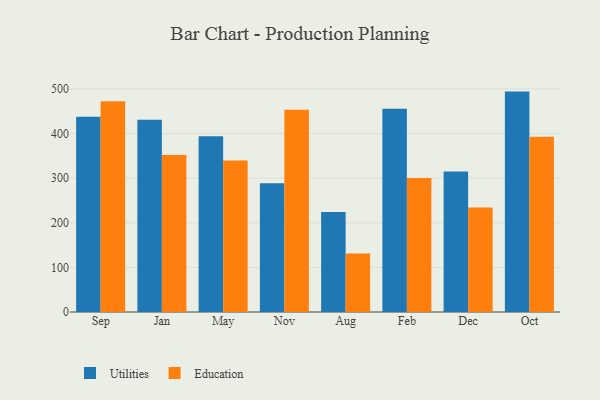
{"axis": {"x": "Month", "y": "Conversion Rate (%)"}, "legend": ["Education", "Utilities"], "data": [{"x": "Sep", "y": 437.8, "type": "Utilities"}, {"x": "Sep", "y": 472.4, "type": "Education"}, {"x": "Jan", "y": 431.0, "type": "Utilities"}, {"x": "Jan", "y": 351.8, "type": "Education"}, {"x": "May", "y": 393.8, "type": "Utilities"}, {"x": "May", "y": 339.5, "type": "Education"}, {"x": "Nov", "y": 288.3, "type": "Utilities"}, {"x": "Nov", "y": 453.0, "type": "Education"}, {"x": "Aug", "y": 224.0, "type": "Utilities"}, {"x": "Aug", "y": 131.0, "type": "Education"}, {"x": "Feb", "y": 455.5, "type": "Utilities"}, {"x": "Feb", "y": 300.4, "type": "Education"}, {"x": "Dec", "y": 314.9, "type": "Utilities"}, {"x": "Dec", "y": 234.3, "type": "Education"}, {"x": "Oct", "y": 493.9, "type": "Utilities"}, {"x": "Oct", "y": 392.5, "type": "Education"}]}